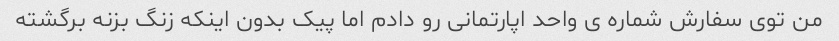
من توى سفارش شماره ى واحد اپارتمانى رو دادم اما پیک بدون اینکه زنگ بزنه برگشته